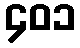
၄၀၁